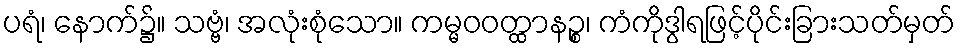
ပရံ၊ နောက်၌။ သဗ္ဗံ၊ အလုံးစုံသော။ ကမ္မဝဝတ္ထာနဉ္စ၊ ကံကိုဒွါရဖြင့်ပိုင်းခြားသတ်မှတ်